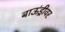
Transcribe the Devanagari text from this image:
बाऊंड्रीवर